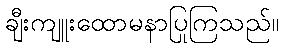
ချီးကျူးထောမနာပြုကြသည်။